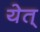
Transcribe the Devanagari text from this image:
येत्